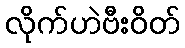
လိုက်ဟဲဗီးဝိတ်